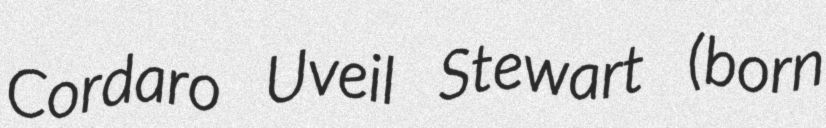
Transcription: Cordaro Uveil Stewart (born